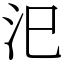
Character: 汜